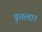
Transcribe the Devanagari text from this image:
पुतला।